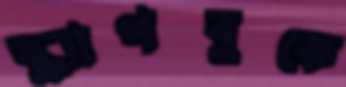
স্ক্র্যাপবুকে